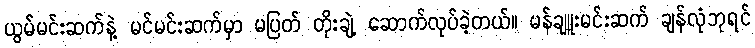
ယွမ်မင်းဆက်နဲ့ မင်မင်းဆက်မှာ မပြတ် တိုးချဲ့ ဆောက်လုပ်ခဲ့တယ်။ မန်ချူးမင်းဆက် ချန်လုံဘုရင်